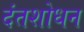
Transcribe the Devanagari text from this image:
दंतशोधन